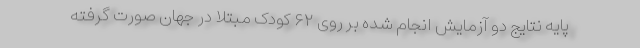
پایه نتایج دو آزمایش انجام شده بر روی ۶۲ کودک مبتلا در جهان صورت گرفته